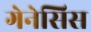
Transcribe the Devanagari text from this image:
गेनेसिस